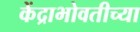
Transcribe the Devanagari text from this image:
केंद्राभोवतीच्या